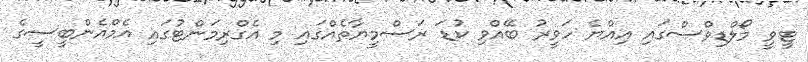
ޓީވީ މޯލްޑިވްސްގައި އިއްޔެ ހަވީރު ބޭއްވި ކުޑަ ރަސްމީޔާތެއްގައި މި އެގްރިމަންޓުގައި އެމްއެންބީސީގެ